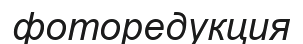
фоторедукция